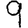
Digit: 9